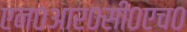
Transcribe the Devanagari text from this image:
एन०आर०सी०एच०